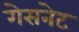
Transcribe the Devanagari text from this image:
गेसनेट